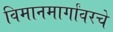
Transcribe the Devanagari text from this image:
विमानमार्गांवरचे